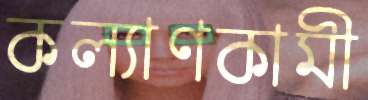
কল্যাণকামী